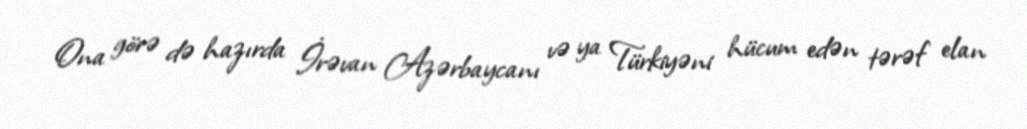
Ona görə də hazırda İrəvan Azərbaycanı və ya Türkiyəni hücum edən tərəf elan